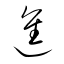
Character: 進